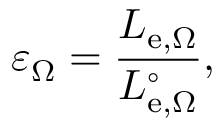
\varepsilon _ { \Omega } = { \frac { L _ { \mathrm { e } , \Omega } } { L _ { \mathrm { e } , \Omega } ^ { \circ } } } ,